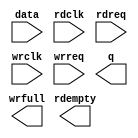
// megafunction wizard: %FIFO%VBB%
// GENERATION: STANDARD
// VERSION: WM1.0
// MODULE: dcfifo_mixed_widths 

// ============================================================
// Megafunction Name(s):
// 			dcfifo_mixed_widths
//
// Simulation Library Files(s):
// 			altera_mf
// ============================================================
// ************************************************************
// THIS IS A WIZARD-GENERATED FILE. DO NOT EDIT THIS FILE!
//
// 16.0.0 Build 211 04/27/2016 SJ Lite Edition
// ************************************************************

//Copyright (C) 1991-2016 Altera Corporation. All rights reserved.
//Your use of Altera Corporation's design tools, logic functions 
//and other software and tools, and its AMPP partner logic 
//functions, and any output files from any of the foregoing 
//(including device programming or simulation files), and any 
//associated documentation or information are expressly subject 
//to the terms and conditions of the Altera Program License 
//Subscription Agreement, the Altera Quartus Prime License Agreement,
//the Altera MegaCore Function License Agreement, or other 
//applicable license agreement, including, without limitation, 
//that your use is for the sole purpose of programming logic 
//devices manufactured by Altera and sold by Altera or its 
//authorized distributors.  Please refer to the applicable 
//agreement for further details.

module FIFO (
	data,
	rdclk,
	rdreq,
	wrclk,
	wrreq,
	q,
	rdempty,
	wrfull);

	input	[47:0]  data;
	input	  rdclk;
	input	  rdreq;
	input	  wrclk;
	input	  wrreq;
	output	[11:0]  q;
	output	  rdempty;
	output	  wrfull;

endmodule

// ============================================================
// CNX file retrieval info
// ============================================================
// Retrieval info: PRIVATE: AlmostEmpty NUMERIC "0"
// Retrieval info: PRIVATE: AlmostEmptyThr NUMERIC "-1"
// Retrieval info: PRIVATE: AlmostFull NUMERIC "0"
// Retrieval info: PRIVATE: AlmostFullThr NUMERIC "-1"
// Retrieval info: PRIVATE: CLOCKS_ARE_SYNCHRONIZED NUMERIC "0"
// Retrieval info: PRIVATE: Clock NUMERIC "4"
// Retrieval info: PRIVATE: Depth NUMERIC "128"
// Retrieval info: PRIVATE: Empty NUMERIC "1"
// Retrieval info: PRIVATE: Full NUMERIC "1"
// Retrieval info: PRIVATE: INTENDED_DEVICE_FAMILY STRING "Cyclone IV E"
// Retrieval info: PRIVATE: LE_BasedFIFO NUMERIC "0"
// Retrieval info: PRIVATE: LegacyRREQ NUMERIC "0"
// Retrieval info: PRIVATE: MAX_DEPTH_BY_9 NUMERIC "0"
// Retrieval info: PRIVATE: OVERFLOW_CHECKING NUMERIC "0"
// Retrieval info: PRIVATE: Optimize NUMERIC "2"
// Retrieval info: PRIVATE: RAM_BLOCK_TYPE NUMERIC "0"
// Retrieval info: PRIVATE: SYNTH_WRAPPER_GEN_POSTFIX STRING "1"
// Retrieval info: PRIVATE: UNDERFLOW_CHECKING NUMERIC "0"
// Retrieval info: PRIVATE: UsedW NUMERIC "1"
// Retrieval info: PRIVATE: Width NUMERIC "48"
// Retrieval info: PRIVATE: dc_aclr NUMERIC "0"
// Retrieval info: PRIVATE: diff_widths NUMERIC "1"
// Retrieval info: PRIVATE: msb_usedw NUMERIC "0"
// Retrieval info: PRIVATE: output_width NUMERIC "12"
// Retrieval info: PRIVATE: rsEmpty NUMERIC "1"
// Retrieval info: PRIVATE: rsFull NUMERIC "0"
// Retrieval info: PRIVATE: rsUsedW NUMERIC "0"
// Retrieval info: PRIVATE: sc_aclr NUMERIC "0"
// Retrieval info: PRIVATE: sc_sclr NUMERIC "0"
// Retrieval info: PRIVATE: wsEmpty NUMERIC "0"
// Retrieval info: PRIVATE: wsFull NUMERIC "1"
// Retrieval info: PRIVATE: wsUsedW NUMERIC "0"
// Retrieval info: LIBRARY: altera_mf altera_mf.altera_mf_components.all
// Retrieval info: CONSTANT: INTENDED_DEVICE_FAMILY STRING "Cyclone IV E"
// Retrieval info: CONSTANT: LPM_NUMWORDS NUMERIC "128"
// Retrieval info: CONSTANT: LPM_SHOWAHEAD STRING "ON"
// Retrieval info: CONSTANT: LPM_TYPE STRING "dcfifo_mixed_widths"
// Retrieval info: CONSTANT: LPM_WIDTH NUMERIC "48"
// Retrieval info: CONSTANT: LPM_WIDTHU NUMERIC "7"
// Retrieval info: CONSTANT: LPM_WIDTHU_R NUMERIC "9"
// Retrieval info: CONSTANT: LPM_WIDTH_R NUMERIC "12"
// Retrieval info: CONSTANT: OVERFLOW_CHECKING STRING "ON"
// Retrieval info: CONSTANT: RDSYNC_DELAYPIPE NUMERIC "5"
// Retrieval info: CONSTANT: UNDERFLOW_CHECKING STRING "ON"
// Retrieval info: CONSTANT: USE_EAB STRING "ON"
// Retrieval info: CONSTANT: WRSYNC_DELAYPIPE NUMERIC "5"
// Retrieval info: USED_PORT: data 0 0 48 0 INPUT NODEFVAL "data[47..0]"
// Retrieval info: USED_PORT: q 0 0 12 0 OUTPUT NODEFVAL "q[11..0]"
// Retrieval info: USED_PORT: rdclk 0 0 0 0 INPUT NODEFVAL "rdclk"
// Retrieval info: USED_PORT: rdempty 0 0 0 0 OUTPUT NODEFVAL "rdempty"
// Retrieval info: USED_PORT: rdreq 0 0 0 0 INPUT NODEFVAL "rdreq"
// Retrieval info: USED_PORT: wrclk 0 0 0 0 INPUT NODEFVAL "wrclk"
// Retrieval info: USED_PORT: wrfull 0 0 0 0 OUTPUT NODEFVAL "wrfull"
// Retrieval info: USED_PORT: wrreq 0 0 0 0 INPUT NODEFVAL "wrreq"
// Retrieval info: CONNECT: @data 0 0 48 0 data 0 0 48 0
// Retrieval info: CONNECT: @rdclk 0 0 0 0 rdclk 0 0 0 0
// Retrieval info: CONNECT: @rdreq 0 0 0 0 rdreq 0 0 0 0
// Retrieval info: CONNECT: @wrclk 0 0 0 0 wrclk 0 0 0 0
// Retrieval info: CONNECT: @wrreq 0 0 0 0 wrreq 0 0 0 0
// Retrieval info: CONNECT: q 0 0 12 0 @q 0 0 12 0
// Retrieval info: CONNECT: rdempty 0 0 0 0 @rdempty 0 0 0 0
// Retrieval info: CONNECT: wrfull 0 0 0 0 @wrfull 0 0 0 0
// Retrieval info: GEN_FILE: TYPE_NORMAL FIFO.v TRUE
// Retrieval info: GEN_FILE: TYPE_NORMAL FIFO.inc TRUE
// Retrieval info: GEN_FILE: TYPE_NORMAL FIFO.cmp TRUE
// Retrieval info: GEN_FILE: TYPE_NORMAL FIFO.bsf FALSE
// Retrieval info: GEN_FILE: TYPE_NORMAL FIFO_inst.v TRUE
// Retrieval info: GEN_FILE: TYPE_NORMAL FIFO_bb.v TRUE
// Retrieval info: GEN_FILE: TYPE_NORMAL FIFO_syn.v TRUE
// Retrieval info: LIB_FILE: altera_mf